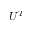
U ^ { T }